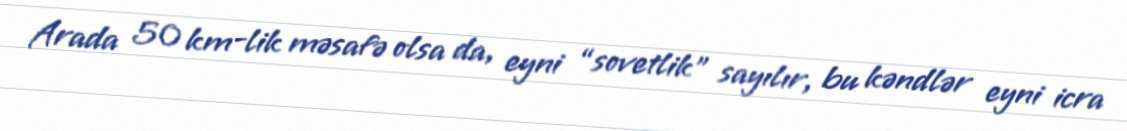
Arada 50 km-lik məsafə olsa da, eyni “sovetlik” sayılır, bu kəndlər eyni icra